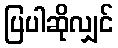
ပြပါဆိုလျှင်